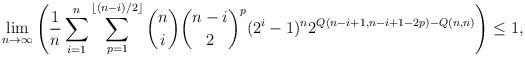
LaTeX: \begin{align*}\lim_{n\to \infty} \Bigg( \frac{1}{n}\sum_{i=1}^{n} \sum_{p = 1}^{\lfloor (n-i)/2 \rfloor} \binom{n}{i} \binom{n-i}{2}^p (2^i - 1)^n 2^{Q(n-i+1,n-i+1-2p)-Q(n,n)}\Bigg) \le 1,\end{align*}